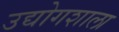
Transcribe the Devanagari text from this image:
उद्योगशाला